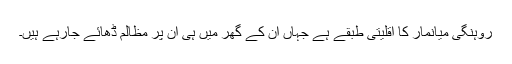
روہنگی میانمار کا اقلیتی طبقے ہے جہاں ان کے گھر میں ہی ان پر مظالم ڈھائے جارہے ہیں۔